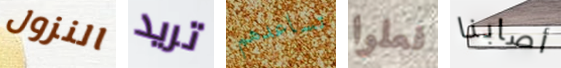
النزول تريد تساعدهم فعلوا أصابنا